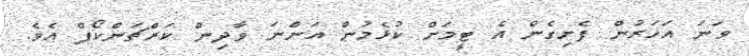
ވަނަ އަހަރުން ފެށިގެން އެ ޓީމަށް ކުޅެމުން އަންނަ ވާދިން ކަރްޗަންކޯފް އެވެ.